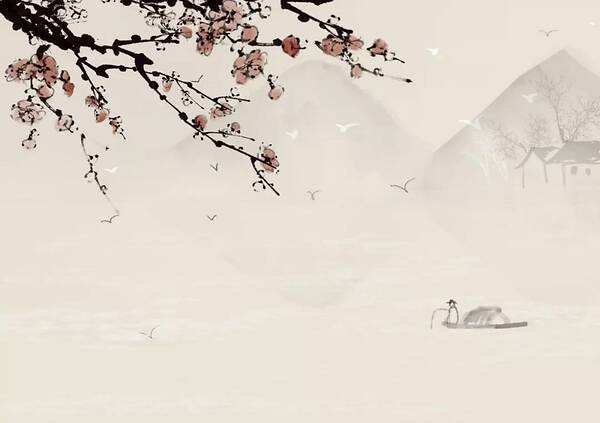
相思处青年如梦，乘鸾仙阙。